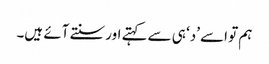
ہم تو اسے ’د‘ ہی سے کہتے اور سنتے آئے ہیں۔